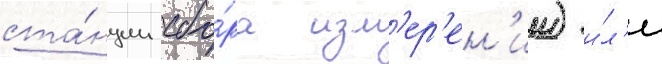
ста́нции сбо́ра изм'ер'ен'ии) и́л'и